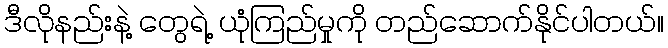
ဒီလိုနည်းနဲ့ တွေရဲ့ ယုံကြည်မှုကို တည်ဆောက်နိုင်ပါတယ်။